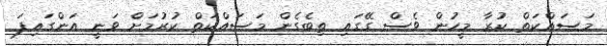
މަސައްކަތް ކުރާ މީހުން ވެސް ގޭގައި ތިބެގެން މަސައްކަތް ކުރުމަށް ވަނީ އަންގައިފަ